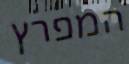
המפרץ